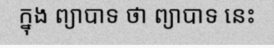
ក្នុង ព្យាបាទ ថា ព្យាបាទ នេះ